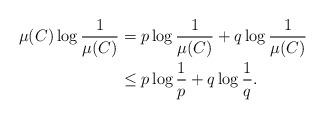
LaTeX: \begin{align*} \mu(C) \log \frac{1}{\mu(C)} &= p \log \frac{1}{\mu(C)} + q \log \frac{1}{\mu(C)} \\ &\leq p \log \frac{1}{p} + q \log \frac{1}{q}. \end{align*}